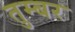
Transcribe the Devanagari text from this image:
तुम्बर